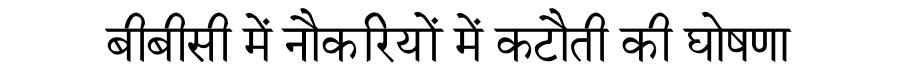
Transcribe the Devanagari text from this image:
बीबीसी में नौकरियों में कटौती की घोषणा